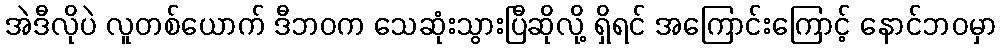
အဲဒီလိုပဲ လူတစ်ယောက် ဒီဘဝက သေဆုံးသွားပြီဆိုလို့ ရှိရင် အကြောင်းကြောင့် နောင်ဘဝမှာ